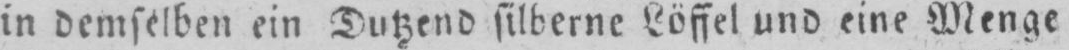
in demselben ein Dutzend silberne Löffel und eine Menge